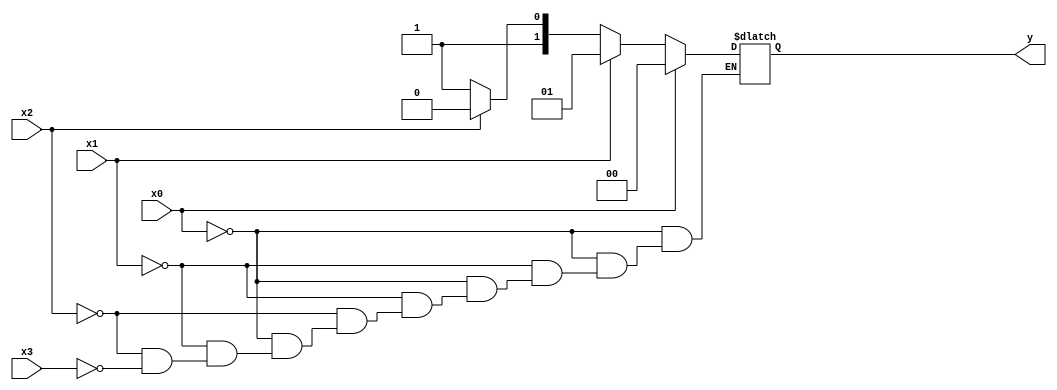
`timescale 1ns / 1ps
module encoder
    (
        input x0,x1,x2,x3,
        output reg [1:0] y
    );
    always @(x0 or x1 or x2 or x3)
    begin
    if(x0)
        y=0;
    else if(x1)
        y=1;
    else if(x2)
        y=2;
    else if(x3)
        y=3;
    end
endmodule